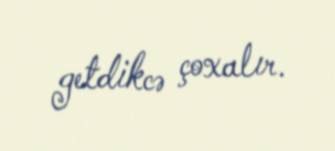
getdikcə çoxalır.